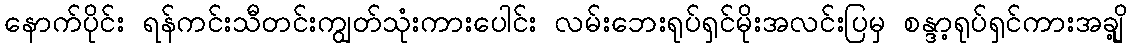
နောက်ပိုင်း ရန်ကင်းသီတင်းကျွတ်သုံးကားပေါင်း လမ်းဘေးရုပ်ရှင်မိုးအလင်းပြမှ စန္ဒာ့ရုပ်ရှင်ကားအချို့